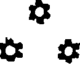
*